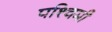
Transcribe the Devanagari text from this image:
पश्‍चिमी